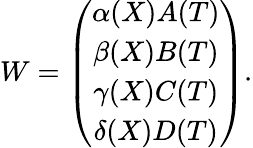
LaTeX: W=\left(\begin{array}{c}{{\alpha(X)A(T)}}\\ {{\beta(X)B(T)}}\\ {{\gamma(X)C(T)}}\\ {{\delta(X)D(T)}}\end{array}\right).